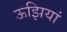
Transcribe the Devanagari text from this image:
ऊझियां